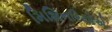
મિશિનરિયોએ